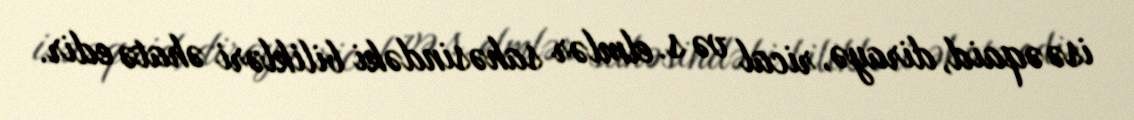
isə əqaid, dirayə, rical və s. elmlər sahəsindəki bilikləri əhatə edir.